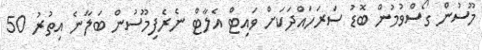
މޫސުން ގޯސްވުމުން ބޮޑު ސަރަހައްދަކަށް ވައިޓް އެލާޓް ނެރެފިމޫސުން ބަލާނެ އިތުރު 50